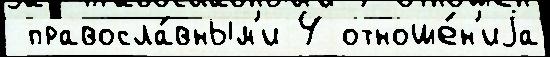
 правосла́вным'и 4 отноше́н'иjа